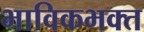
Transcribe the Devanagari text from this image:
भाविकभक्त